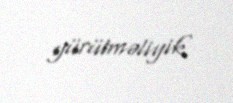
yürütməliyik.